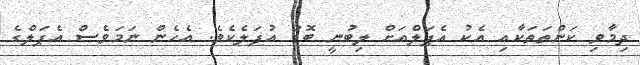
ދިމާވި ކަންތަތަކާއި އެކު އެޕަލްއަށް ލިބުނީ ބޮޑު އުފަލެކެވެ. އެހެން ނަމަވެސް އެޕަލްގެ